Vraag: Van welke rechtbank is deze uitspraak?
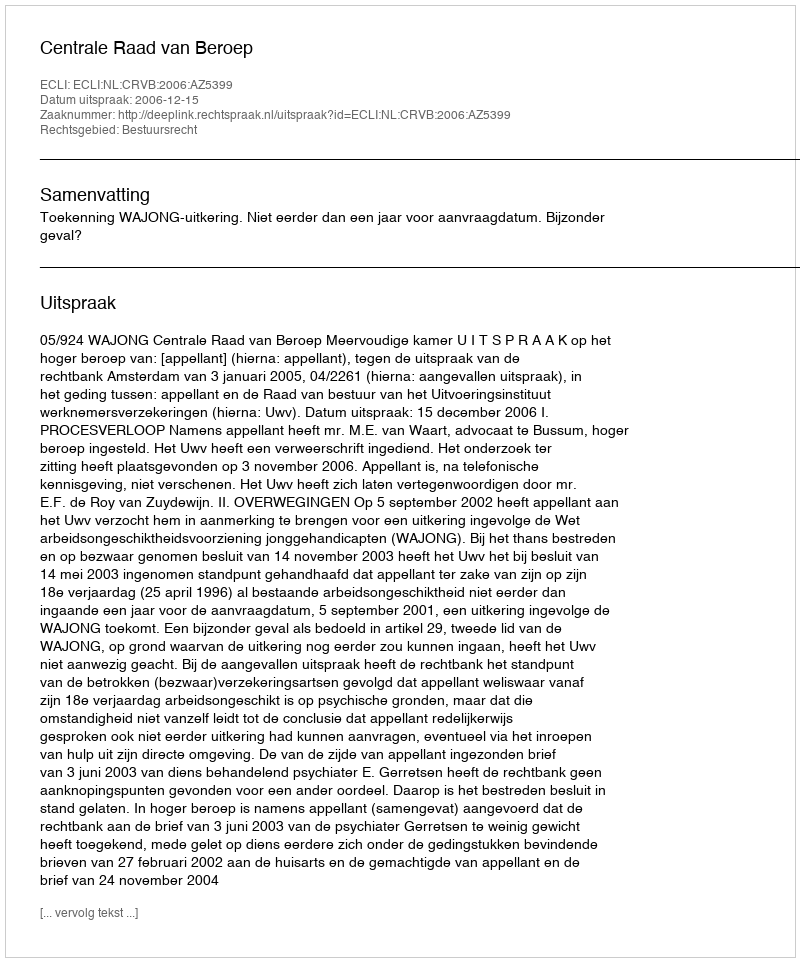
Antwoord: Centrale Raad van Beroep